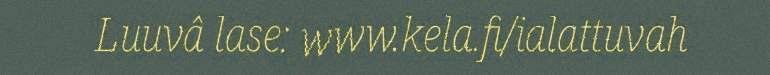
Luuvâ lase: www.kela.fi/ialattuvah